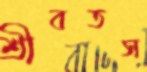
শ্রীবতস